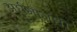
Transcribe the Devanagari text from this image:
अर्घमागधी